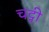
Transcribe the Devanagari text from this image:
चट्नी